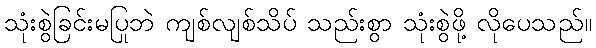
သုံးစွဲခြင်းမပြုဘဲ ကျစ်လျစ်သိပ် သည်းစွာ သုံးစွဲဖို့ လိုပေသည်။